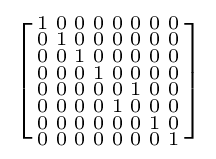
\left[{\begin{smallmatrix}1&0&0&0&0&0&0&0\\0&1&0&0&0&0&0&0\\0&0&1&0&0&0&0&0\\0&0&0&1&0&0&0&0\\0&0&0&0&0&1&0&0\\0&0&0&0&1&0&0&0\\0&0&0&0&0&0&1&0\\0&0&0&0&0&0&0&1\end{smallmatrix}}\right]